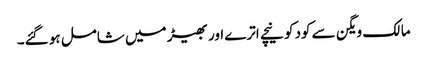
مالک ویگن سے کود کو نیچے اترے اور بھیڑ میں شامل ہو گئے۔